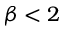
\beta < 2